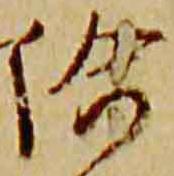
給